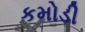
કમોડી